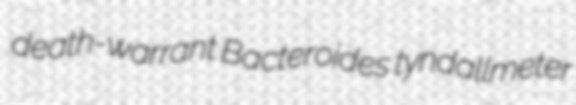
death-warrant Bacteroides tyndallmeter